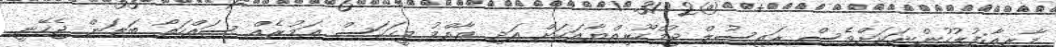
މާރިއާ:ފުލުހުންނަކަށްވެސް ރައީސުލް ޖުމްހޫރިއްޔާއަކަށް އަދި ޢާއްމު މީހަކަސް އަމުރެއް ސައްހަތޯ ބަލަން ޖެހޭނީ